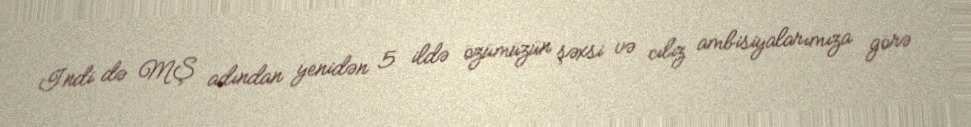
İndi də MŞ adından yenidən 5 ildə özümüzün şəxsi və cılız ambisiyalarımıza görə